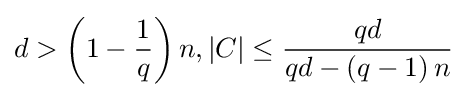
d>\left(1-{1 \over q}\right)n,|C|\leq {qd \over {qd-\left(q-1\right)n}}